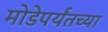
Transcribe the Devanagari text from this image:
मोडेपर्यंतच्या